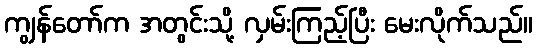
ကျွန်တော်က အတွင်းသို့ လှမ်းကြည့်ပြီး မေးလိုက်သည်။